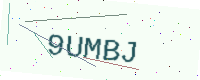
Text: 9UMBJ